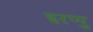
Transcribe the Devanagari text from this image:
इरप्पु